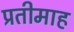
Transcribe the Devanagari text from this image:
प्रतीमाह